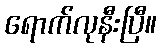
ရောက်လုနီးပြီ။